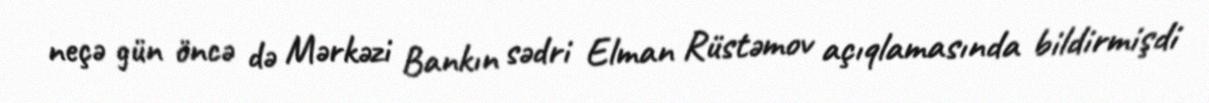
neçə gün öncə də Mərkəzi Bankın sədri Elman Rüstəmov açıqlamasında bildirmişdi